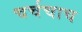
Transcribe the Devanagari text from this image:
चर्चचाच